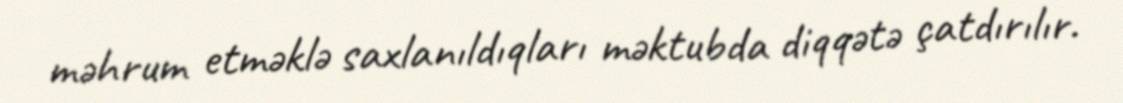
məhrum etməklə saxlanıldıqları məktubda diqqətə çatdırılır.